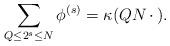
LaTeX: \begin{align*}\sum_{Q \leq 2^s \leq N} \phi^{(s)}= \kappa( Q N \,\cdot\,).\end{align*}